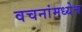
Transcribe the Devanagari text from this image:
वचनांमध्येच